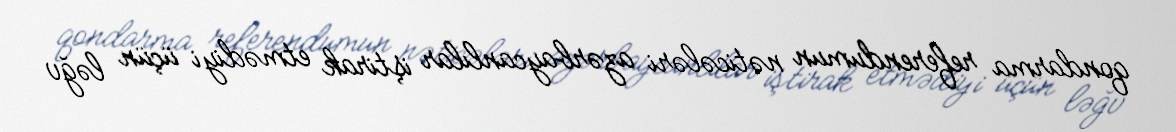
qondarma referendumun nəticələri azərbaycanlılar iştirak etmədiyi üçün ləğv